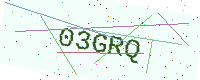
Text: 03GRQ